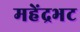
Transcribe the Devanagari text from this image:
महेंद्रभट